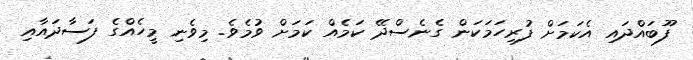
ފޫބައްދައި އެކަމަށް ފުރިހަމަކަން ގެނެސްދޭ ކަމެއް ކަމަށް ވުމެވެ. މިވެނި މީހެއްގެ ފަސާދައާއި